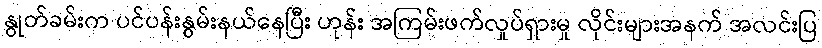
နွုတ်ခမ်းက ပင်ပန်းနွမ်းနယ်နေပြီး ဟုန်း အကြမ်းဖက်လှုပ်ရှားမှု လိုင်းများအနက် အလင်းပြ